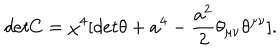
d e t C = { \chi } ^ { 4 } [ d e t { \theta } + a ^ { 4 } - \frac { a ^ { 2 } } { 2 } { \theta } _ { { \mu } { \nu } } { \theta } ^ { { \mu } { \nu } } ] .